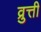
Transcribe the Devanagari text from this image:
व्रुत्ती